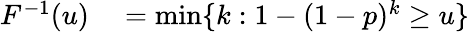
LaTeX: \begin{array}{rl}{F^{-1}(u)}&{{}=\operatorname*{min}\{ k:1-(1-p)^{k}\geq u\} }\end{array}